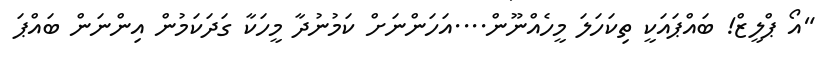
"އޯ ޕްލީޒް! ބައްޕައަކީ ތިކަހަލަ މީހެއްނޫން....އަހަންނަށް ކަމުނުދާ މީހަކާ ގަދަކަމުން އިންނަން ބައްޕަ